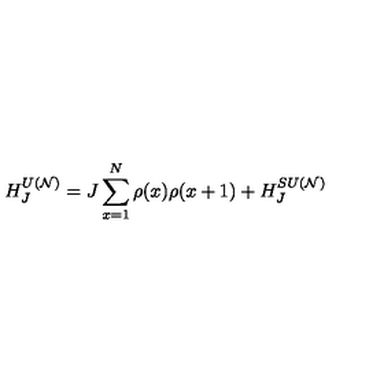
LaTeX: H _ { J } ^ { U ( { \cal N } ) } = J \sum _ { x = 1 } ^ { N } \rho ( x ) \rho ( x + 1 ) + H _ { J } ^ { S U ( { \cal N } ) }